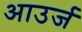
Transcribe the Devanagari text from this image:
आउर्ज